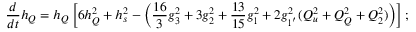
\frac { d } { d t } h _ { Q } = h _ { Q } \left[ 6 h _ { Q } ^ { 2 } + h _ { s } ^ { 2 } - \left( \frac { 1 6 } { 3 } g _ { 3 } ^ { 2 } + 3 g _ { 2 } ^ { 2 } + \frac { 1 3 } { 1 5 } g _ { 1 } ^ { 2 } + 2 g _ { 1 ^ { ' } } ^ { 2 } ( Q _ { u } ^ { 2 } + Q _ { Q } ^ { 2 } + Q _ { 2 } ^ { 2 } ) \right) \right] ;